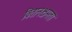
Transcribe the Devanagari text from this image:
वितानक्षमता